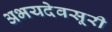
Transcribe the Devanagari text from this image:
अभयदेवसूरी